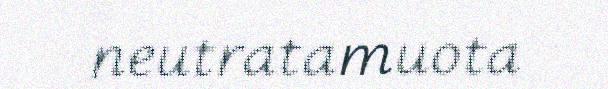
neutratamuota